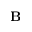
\textbf { B }